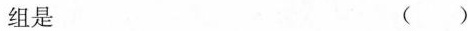
组是 ( )